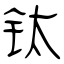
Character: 钛